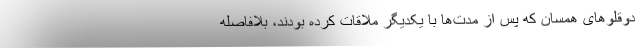
دوقلوهای همسان که پس از مدت‌ها با یکدیگر ملاقات کرده بودند، بلافاصله